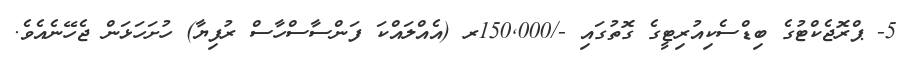
5- ޕްރޮޖެކްޓުގެ ބިޑްސެކިއުރިޓީގެ ގޮތުގައި -/150